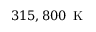
3 1 5 , 8 0 0 \, \mathrm { ~ K ~ }